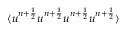
\langle u ^ { n + \frac { 1 } { 2 } } u ^ { n + \frac { 1 } { 2 } } u ^ { n + \frac { 1 } { 2 } } u ^ { n + \frac { 1 } { 2 } } \rangle